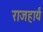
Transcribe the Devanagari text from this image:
राजहार्यं